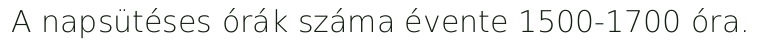
A napsütéses órák száma évente 1500-1700 óra.